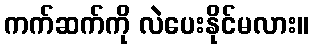
ကက်ဆက်ကို လဲပေးနိုင်မလား။